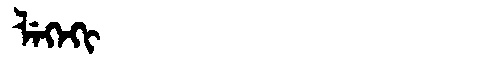
Manchu: ᠯᡝᡴᡝᡴᡳ
Romanization: LEKEKI